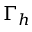
\Gamma _ { h }